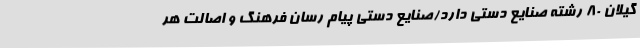
گیلان 80 رشته صنایع دستی دارد/صنایع دستی پیام رسان فرهنگ و اصالت هر